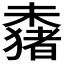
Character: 𬄞